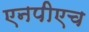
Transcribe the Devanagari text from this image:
एनपीएच